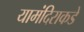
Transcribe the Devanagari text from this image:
यामंदिराकडे